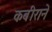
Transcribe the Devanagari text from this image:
कबीराने